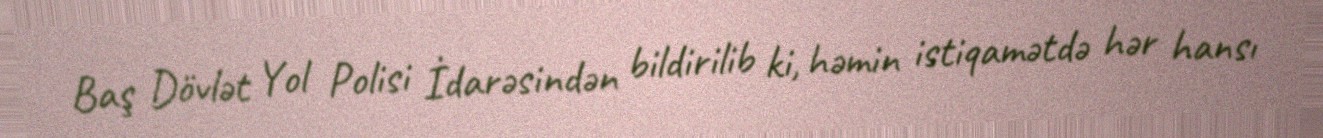
Baş Dövlət Yol Polisi İdarəsindən bildirilib ki, həmin istiqamətdə hər hansı